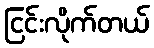
ငြင်းလိုက်တယ်